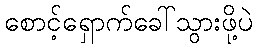
စောင့်ရှောက်ခေါ်သွားဖို့ပဲ